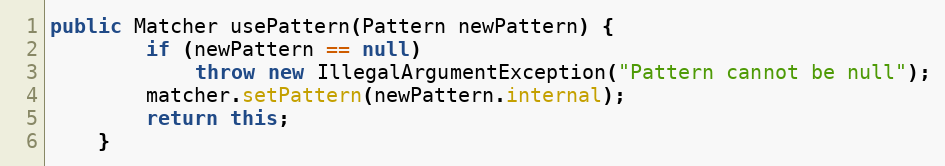
Language: Java
public Matcher usePattern(Pattern newPattern) {
        if (newPattern == null)
            throw new IllegalArgumentException("Pattern cannot be null");
        matcher.setPattern(newPattern.internal);
        return this;
    }